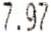
7.97